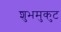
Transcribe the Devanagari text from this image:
शुभमुकुट